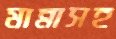
মান্নাসহ